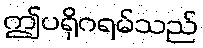
ဤပရိုဂရမ်သည်